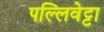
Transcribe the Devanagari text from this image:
पल्लिवेट्टा